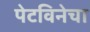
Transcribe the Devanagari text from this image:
पेटविनेचा